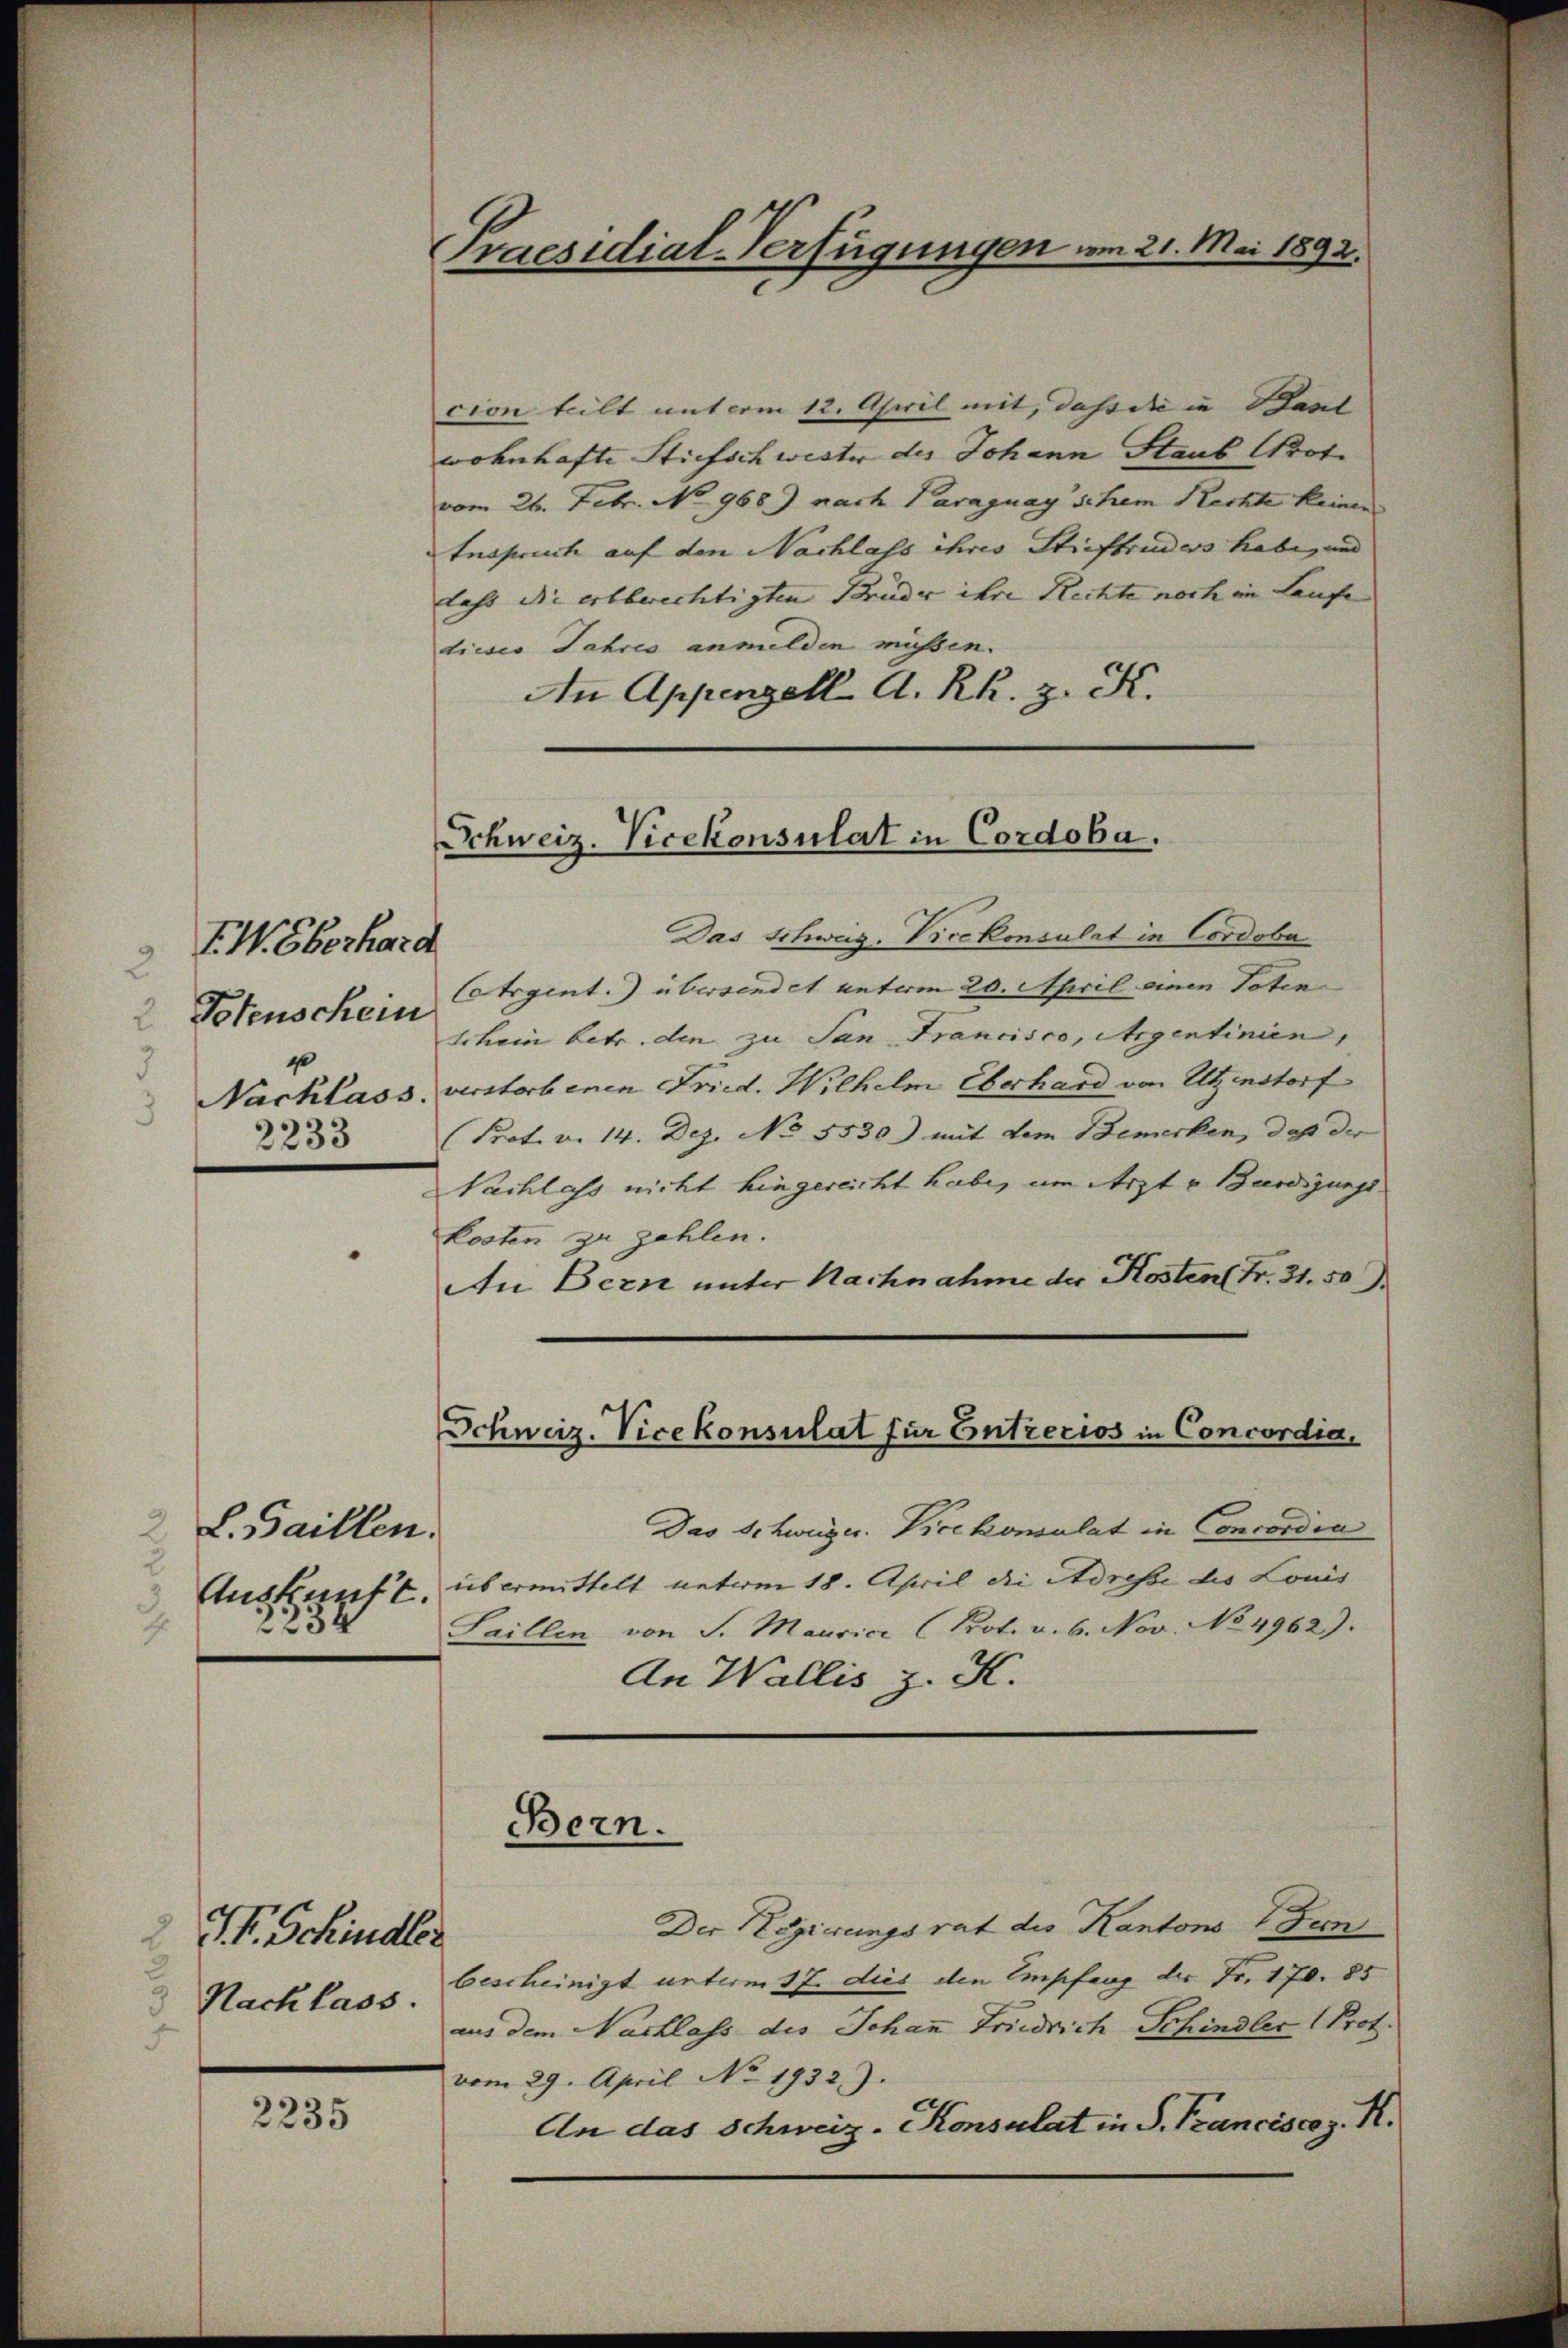
EWEberhard
2
Totenschein
2
4
d
Nacklass
2233

2 L. Baillen.
Auskunft.
s
2234.

V. Schindler
 Nachlass

2235

Praesidial-Verfügungen am 21. Mai 1892.

cion teilt mit vom 12. April mit, dass die in Bant
wohnhafte Stiefschwester des Johann Staub Prof.
vom 26. Febr. No 968.) nach Paraguay schem Rechte keine
Inspruch auf den Nachlass ihres Stieftruders habe, und
Lahr die erbberechtigten Brüder ihre Rechte noch in Laufe
tieses Jahres anmelden müssen.
An Appenzell A. Rh. z. K.

Schweiz. Vicekonsulat in Cordoba.

Schweiz. Vicekonsulat für Entrecios in Concordia,

Bern.

Das Schweiz. Vicekonsulat in Cordoba
Cetrgent.) übersendet unterm 20. April einen Toten
Schein betr. den zu San Francisco, Argentinien
d. verstorbenen Fried. Wilhelm Überhard von Utzinstorf
Prot. v. 14. Dez. No 5530) mit dem Bemerken, daß der
Nachlass nicht hingereicht habe, um Arzt u. Bürdigungs
kosten zu zahlen.
An Bern unter Nachnahme der Kosten Fr. 31. 50
Das Schweiger. Vicekonsulat in Concordia
übermittelt unterm 18. April die Adresse des Louis
Saillen von S. Maurice Prot. v. 6. Nov. No 4962).
An Wallis z. K.
Der Regierungsrat des Kantons Fun
bescheinigt unterm 17. dies den Empfang der Fr. 170. 85
aus dem Nachlass des Johann Friedrich Schindler (Prot.
vom 29. April No 1932.).
An das Schweiz. Konsulat in S. Tranciscaz. R.